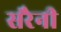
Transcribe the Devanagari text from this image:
सरैनी